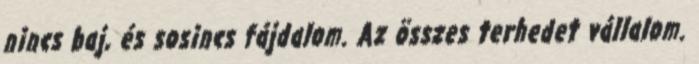
nincs baj, és sosincs fájdalom. Az összes terhedet vállalom.